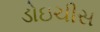
ડોઇચીસ